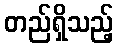
တည်ရှိသည့်